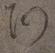
阿